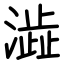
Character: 澁